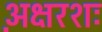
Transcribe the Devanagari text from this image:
अ़क्षरशः